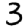
Digit: 3